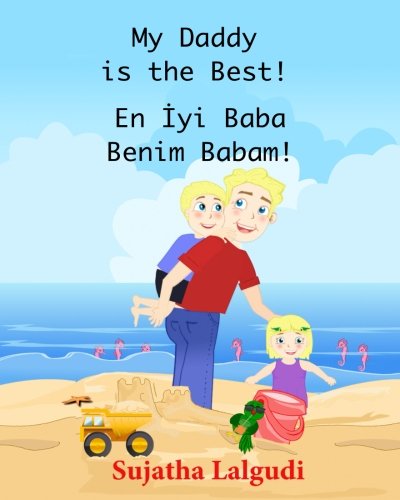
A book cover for Children's book in Turkish: My Daddy is the Best! En Iyi Baba Benim Babam!: (Bilingual Edition) English Turkish Picture book for Children.Turkish book ... for children) (Volume 7) (Turkish Edition); Sujatha Lalgudi; Children's Books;